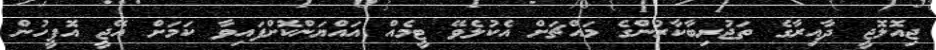
ޖިއޮލޮޖީ ދާއިރާގެ ތަޖުރިބާކާރުންގެ މައްޗަށް އެކުލެވޭ ޓީމެއް އައްޔަންކޮށްފައިވާ ކަމަށް އޭޖީ އޮފީހުން